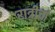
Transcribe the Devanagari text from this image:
रात्रीचां